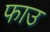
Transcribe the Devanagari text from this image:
फाउ